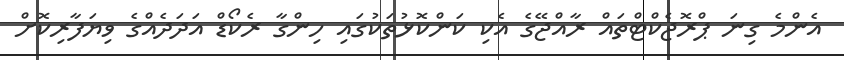
އެންމެ ގިނަ ޕްރޮޖެކްޓްތައް ރާއްޖޭގެ އެކި ކަންކޮޅުތަކުގައި ހިންގާ ރެކޯޑް އަދަދެއްގެ ވިިޔަފާރިކޮށް